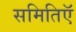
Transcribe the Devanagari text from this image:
समितिऍ